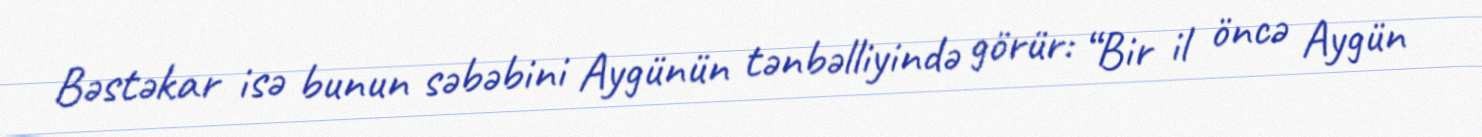
Bəstəkar isə bunun səbəbini Aygünün tənbəlliyində görür: “Bir il öncə Aygün